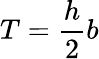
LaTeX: T={\frac{h}{2}}b